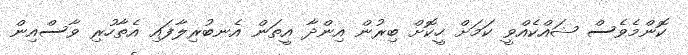
ކޮންމެވެސް ޝައްކެއްވީ ކަމަށް ހީކޮށް ބިރުން އިންދާ އީތަން އެނބުރިލާފައި އެތާހުރި ވާސްއިން